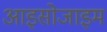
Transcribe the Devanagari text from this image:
आइसोजाइम